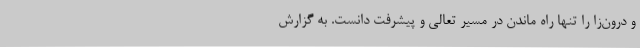
و درون‌زا را تنها راه ماندن در مسیر تعالی و پیشرفت دانست. به گزارش